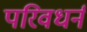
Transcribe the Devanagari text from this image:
परिवधर्न